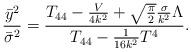
LaTeX: \begin{align*}\frac{{\bar y}^2}{{\bar\sigma}^2}=\frac{T_{44}-\frac{V}{4k^2}+\sqrt{\frac{\pi}{2}}\frac{\sigma}{k^2}\Lambda}{T_{44}-\frac{1}{16k^2}T^4}.\end{align*}